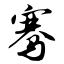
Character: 骞